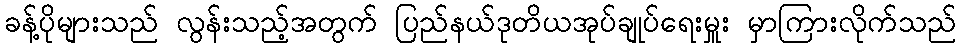
ခန့်ပိုများသည် လွန်းသည့်အတွက် ပြည်နယ်ဒုတိယအုပ်ချုပ်ရေးမှူး မှာကြားလိုက်သည်